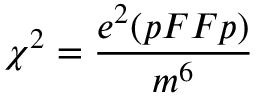
\chi ^ { 2 } = { \frac { e ^ { 2 } ( p F F p ) } { m ^ { 6 } } }